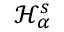
\mathcal { H } _ { \alpha } ^ { s }